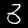
Label: 3